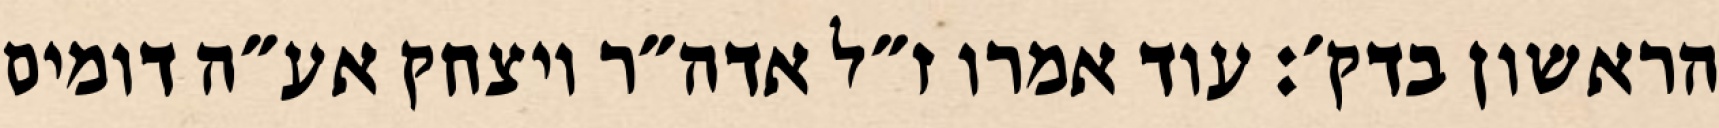
הראשון בדק׳: עוד אמרו ז״ל אדה״ר ויצחק אע״ה דומים